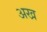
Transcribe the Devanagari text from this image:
अख